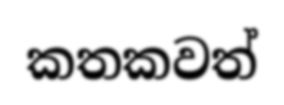
කතකවත්